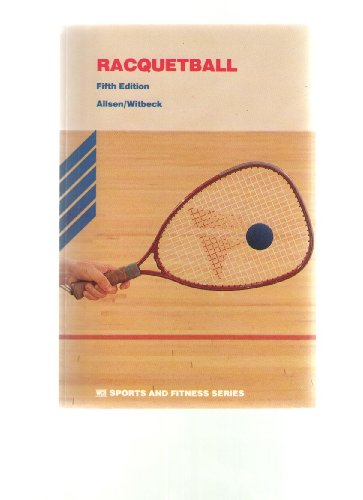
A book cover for Raquetball (Sports and Fitness Series); Philip E. Allsen; Sports & Outdoors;